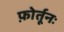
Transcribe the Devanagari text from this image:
फ़ोर्तूनः